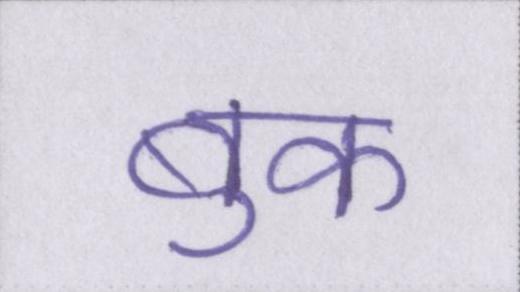
बुक